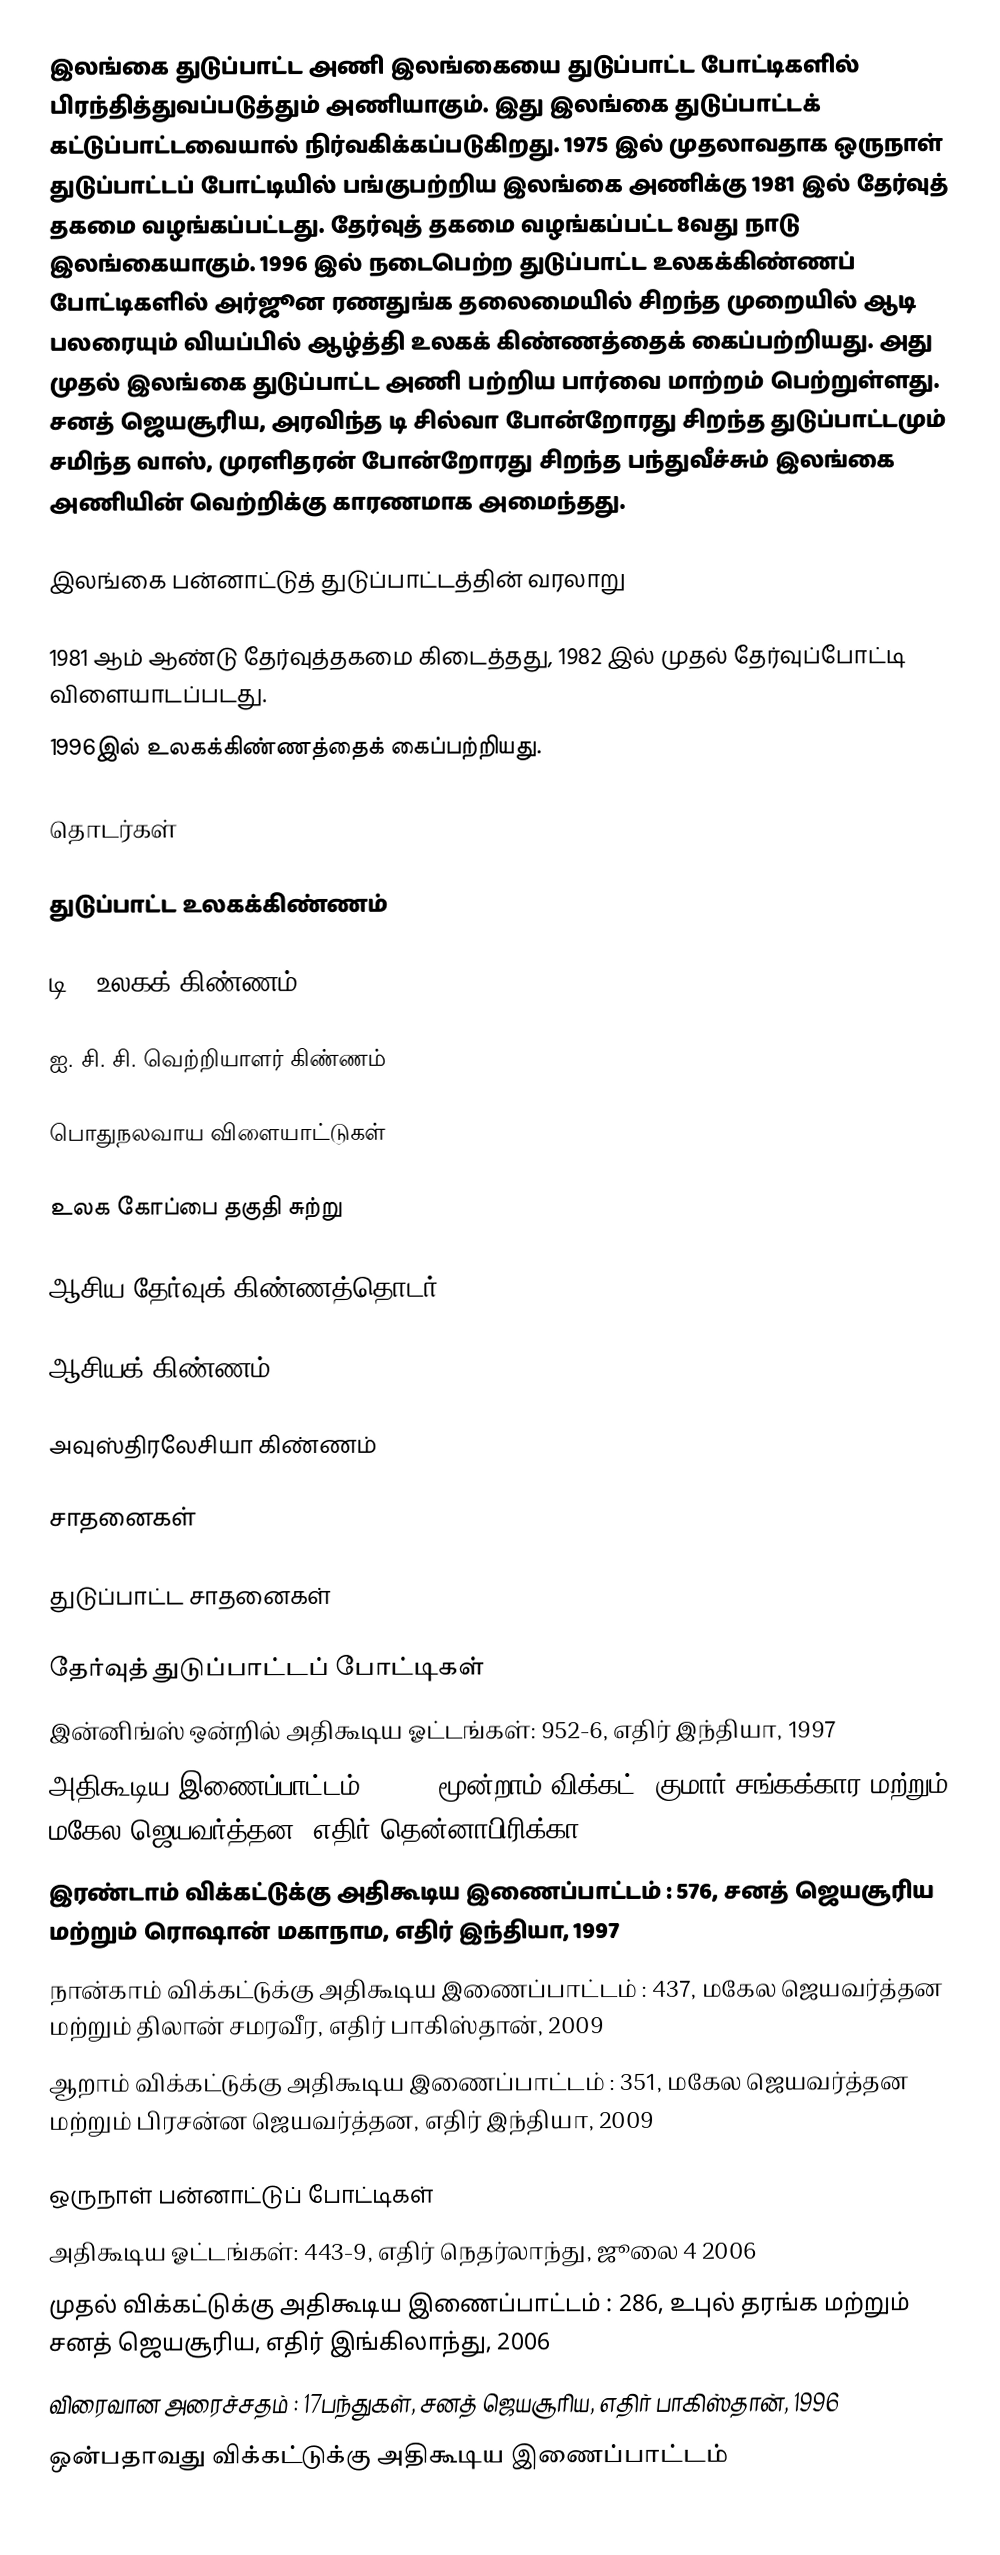
இலங்கை துடுப்பாட்ட அணி  இலங்கையை துடுப்பாட்ட போட்டிகளில் பிரந்தித்துவப்படுத்தும் அணியாகும். இது இலங்கை துடுப்பாட்டக் கட்டுப்பாட்டவையால் நிர்வகிக்கப்படுகிறது. 1975 இல் முதலாவதாக ஒருநாள் துடுப்பாட்டப் போட்டியில் பங்குபற்றிய இலங்கை அணிக்கு 1981 இல் தேர்வுத் தகமை வழங்கப்பட்டது. தேர்வுத் தகமை வழங்கப்பட்ட 8வது நாடு இலங்கையாகும். 1996 இல் நடைபெற்ற துடுப்பாட்ட உலகக்கிண்ணப் போட்டிகளில் அர்ஜூன ரணதுங்க தலைமையில் சிறந்த முறையில் ஆடி பலரையும் வியப்பில் ஆழ்த்தி உலகக் கிண்ணத்தைக் கைப்பற்றியது. அது முதல் இலங்கை துடுப்பாட்ட அணி பற்றிய பார்வை மாற்றம் பெற்றுள்ளது. சனத் ஜெயசூரிய, அரவிந்த டி சில்வா போன்றோரது சிறந்த துடுப்பாட்டமும் சமிந்த வாஸ், முரளிதரன் போன்றோரது சிறந்த பந்துவீச்சும் இலங்கை அணியின் வெற்றிக்கு காரணமாக அமைந்தது.

இலங்கை பன்னாட்டுத் துடுப்பாட்டத்தின் வரலாறு

 1981 ஆம் ஆண்டு தேர்வுத்தகமை கிடைத்தது, 1982 இல் முதல் தேர்வுப்போட்டி விளையாடப்படது.
 1996இல் உலகக்கிண்ணத்தைக் கைப்பற்றியது.

தொடர்கள்

துடுப்பாட்ட உலகக்கிண்ணம்

டி20 உலகக் கிண்ணம்

ஐ. சி. சி. வெற்றியாளர் கிண்ணம்

பொதுநலவாய விளையாட்டுகள்

உலக கோப்பை தகுதி சுற்று

ஆசிய தேர்வுக் கிண்ணத்தொடர்

ஆசியக் கிண்ணம்

அவுஸ்திரலேசியா கிண்ணம்

சாதனைகள்

துடுப்பாட்ட சாதனைகள்

தேர்வுத் துடுப்பாட்டப் போட்டிகள்
 இன்னிங்ஸ் ஒன்றில் அதிகூடிய ஓட்டங்கள்: 952-6, எதிர் இந்தியா, 1997
 அதிகூடிய இணைப்பாட்டம் : 624, மூன்றாம் விக்கட், குமார் சங்கக்கார மற்றும் மகேல ஜெயவர்த்தன, எதிர் தென்னாபிரிக்கா, 2006
 இரண்டாம் விக்கட்டுக்கு அதிகூடிய இணைப்பாட்டம் : 576, சனத் ஜெயசூரிய மற்றும் ரொஷான் மகாநாம, எதிர் இந்தியா, 1997
 நான்காம் விக்கட்டுக்கு அதிகூடிய இணைப்பாட்டம் : 437, மகேல ஜெயவர்த்தன மற்றும் திலான் சமரவீர, எதிர் பாகிஸ்தான், 2009
 ஆறாம் விக்கட்டுக்கு அதிகூடிய இணைப்பாட்டம் : 351, மகேல ஜெயவர்த்தன மற்றும் பிரசன்ன ஜெயவர்த்தன, எதிர் இந்தியா, 2009

ஒருநாள் பன்னாட்டுப் போட்டிகள்
 அதிகூடிய ஓட்டங்கள்: 443-9, எதிர் நெதர்லாந்து, ஜூலை 4 2006
 முதல் விக்கட்டுக்கு அதிகூடிய இணைப்பாட்டம் : 286, உபுல் தரங்க மற்றும் சனத் ஜெயசூரிய, எதிர் இங்கிலாந்து, 2006
 விரைவான அரைச்சதம் : 17பந்துகள், சனத் ஜெயசூரிய, எதிர் பாகிஸ்தான், 1996
 ஒன்பதாவது விக்கட்டுக்கு அதிகூடிய இணைப்பாட்டம்